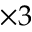
\times 3